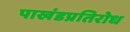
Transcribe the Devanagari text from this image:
पाखंडप्रतिरोध